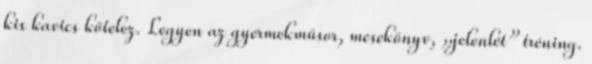
kis kavics kötelez. Legyen az gyermekműsor, mesekönyv, „jelenlét” tréning.